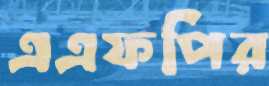
এএফপির